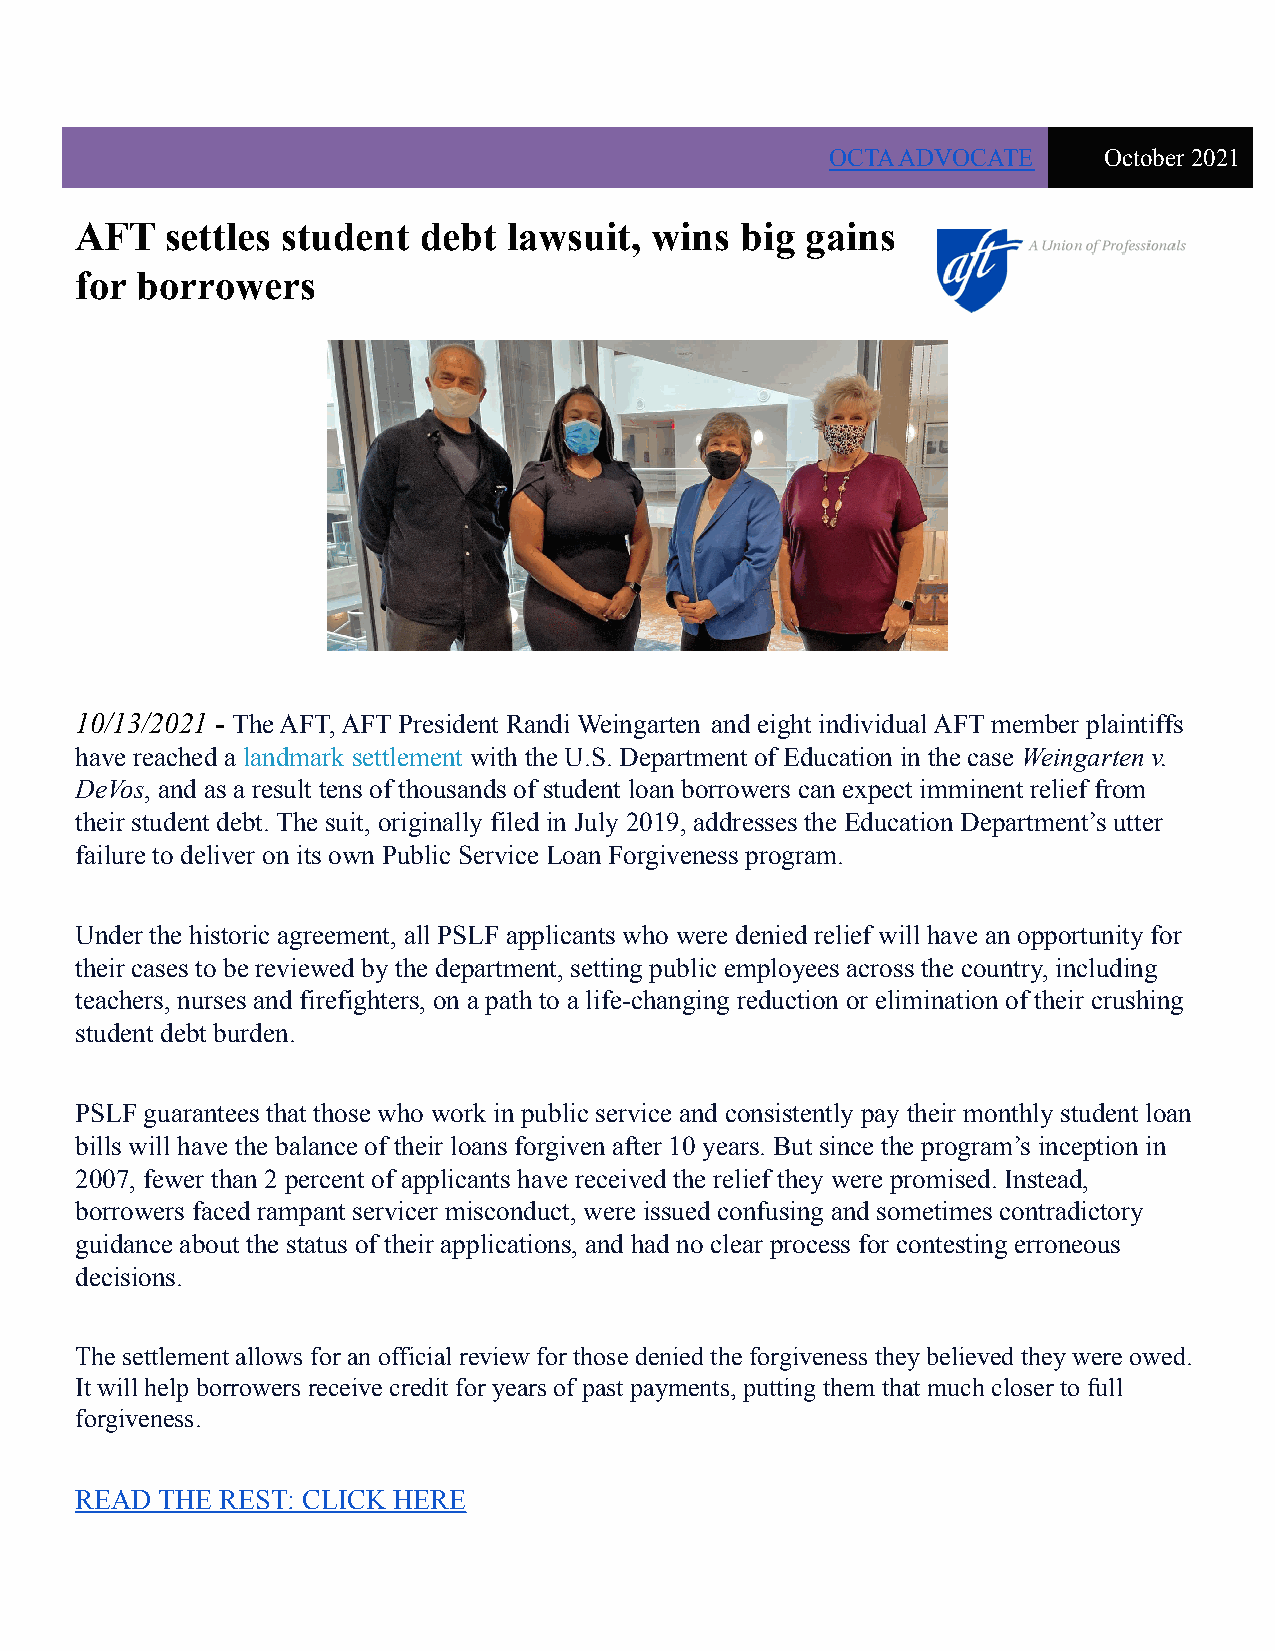
OCTA ADVOCATE     October 2021
 AFT   settles student  debt  lawsuit, wins  big gains
 for borrowers
 10/13/2021 - The AFT, AFT President Randi Weingarten and eight individual AFT member plaintiffs
 have reached a landmark settlement with the U.S. Department of Education in the case Weingarten v.
 DeVos, and as a result tens of thousands of student loan borrowers can expect imminent relief from
 their student debt. The suit, originally filed in July 2019, addresses the Education Department’s utter
 failure to deliver on its own Public Service Loan Forgiveness program.
 Under the historic agreement, all PSLF applicants who were denied relief will have an opportunity for
 their cases to be reviewed by the department, setting public employees across the country, including
 teachers, nurses and firefighters, on a path to a life-changing reduction or elimination of their crushing
 student debt burden.
 PSLF guarantees that those who work in public service and consistently pay their monthly student loan
 bills will have the balance of their loans forgiven after 10 years. But since the program’s inception in
 2007, fewer than 2 percent of applicants have received the relief they were promised. Instead,
 borrowers faced rampant servicer misconduct, were issued confusing and sometimes contradictory
 guidance about the status of their applications, and had no clear process for contesting erroneous
 decisions.
 The settlement allows for an official review for those denied the forgiveness they believed they were owed.
 It will help borrowers receive credit for years of past payments, putting them that much closer to full
 forgiveness.
 READ THE  REST: CLICK HERE